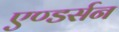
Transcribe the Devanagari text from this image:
एण्डर्सन